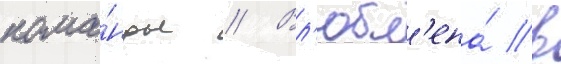
кома́нды // Вл'юбл'ена́ в